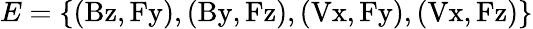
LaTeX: E=\{ \mathrm{(Bz,Fy),(By,Fz),(Vx,Fy),(Vx,Fz)}\}